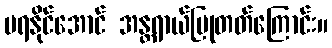
မရနိုင်အောင် အန္တရာယ်ပြုတတ်ကြောင်း။